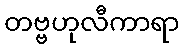
တဗ္ဗဟုလီကာရာ